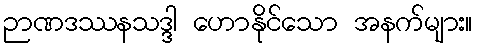
ဉာဏဒဿနသဒ္ဒါ ဟောနိုင်သော အနက်များ။